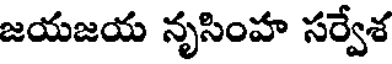
జయజయ నృసింహ సర్వేశ